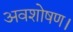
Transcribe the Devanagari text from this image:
अवशोषण।